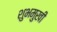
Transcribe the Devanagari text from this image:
शुभमुखी